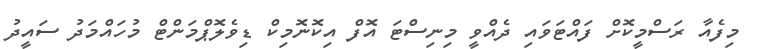
މިފެއާ ރަސްމީކޮށް ފައްޓަވައި ދެއްވީ މިނިސްޓަ އޮފް އިކޮނޮމިކް ޑިވެލޮޕްމަންޓް މުހައްމަދު ސައީދު